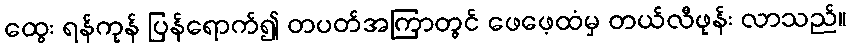
ထွေး ရန်ကုန် ပြန်ရောက်၍ တပတ်အကြာတွင် ဖေဖေ့ထံမှ တယ်လီဖုန်း လာသည်။